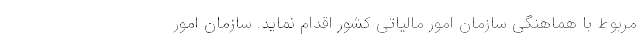
مربوط با هماهنگی سازمان امور مالیاتی کشور اقدام نماید. سازمان امور